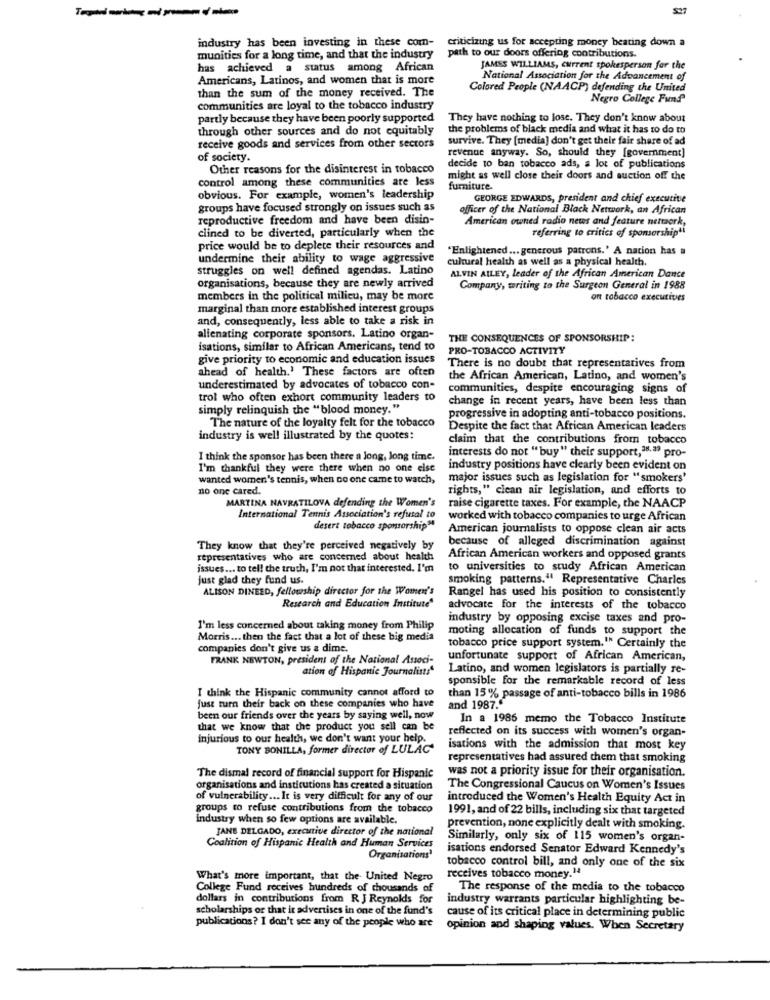
SET
industry has been investing in these com-
criticizing us for accepting money beating down a
munities for a long time, and that the industry
path to our doors offering contributions.
has achieved a status among African
JAMES WILLIAMS, Current spokesperson for the
Americans, Latinos, and women that is more
National Association for the Advancement of
than the sum of the money received. The
Colored People (NAACP) defending the United
Negro College Fund
communities are loyal to the tobacco industry
partly because they have been poorly supported
They have nothing to lose. They don't know about
through other sources and do not equitably
the problems of black media and what it has to do to
survive. They [media] don't get their fair share of ad
receive goods and services from other sectors
revenue anyway. So, should they [government]
of society.
Other reasons for the disinterest in tobacco
decide to ban tobacco ads, a lot of publications
control among these communities are less
might as well close their doors and auction off the
furniture.
obvious. For example, women's leadership
GEORGE EDWARDS, president and chief executive
groups have focused strongly on issues such as
officer of the National Black Network, an African
reproductive freedom and have been disin-
clined to be diverted, particularly when the
American owned radio news and feature nettaork,
referring to critics of sponsorshipai
price would be to deplete their resources and
"Enlightened ... generous patrons.' A nation has a
undermine their ability to wage aggressive
cultural health as well as a physical health.
struggles on well defined agendas. Latino
ALVIN AILEY, leader of the African American Dance
organisations, because they are newly arrived
Company, writing to the Surgeon General in 1988
members in the political milieu, may be more
ont tobacco executives
marginal than more established interest groups
and, consequently, less able to take a risk in
alienating corporate sponsors. Latino organ-
THE CONSEQUENCES OF SPONSORSHIP:
isations, similar to African Americans, tend to
PRO-TOBACCO ACTIVITY
give priority to economic and education issues
ahead of health.' These factors are often
There is no doubt that representatives from
the African American, Latino, and women's
underestimated by advocates of tobacco con-
communities, despite encouraging signs of
trol who often exhort community leaders to
change in recent years, have been less than
simply relinquish the "blood money."
The nature of the loyalty felt for the tobacco
progressive in adopting anti-tobacco positions.
Despite the fact that African American leaders
industry is well illustrated by the quotes:
claim that the contributions from tobacco
interests do not "buy" their support,38.ª? pro-
I think the sponsor has been there a long, long time.
I'm thankful they were there when no one else
industry positions have clearly been evident on
wanted women's tennis, when no one came to watch,
major issues such as legislation for "smokers'
no one cared.
rights," clean air legislation, and efforts to
MARTINA NAVRATILOVA defending the Women's
raise cigarette taxes. For example, the NAACP
International Tennis Association's refusal to
worked with tobacco companies to urge African
desert tobacco sponsorship"
American journalists to oppose clean air acts
They know that they're perceived negatively by
because of alleged discrimination against
representatives who are concerned about health
African American workers and opposed grants
issues ... to tell the truth, I'm not that interested. I'm
to universities to study African American
just glad they fund us.
smoking patterns." Representative Charles
ALISON DINEED, fellowship director for the Women's
Rangel has used his position to consistently
Research and Education Institute"
advocate for the interests of the tobacco
industry by opposing excise taxes and pro-
I'm less concerned about taking money from Philip
moting allocation of funds to support the
Morris ... then the fact that a lot of these big media
companies don't give us a dime.
tobacco price support system." Certainly the
FRANK NEWTON, president of the National Associ-
unfortunate support of African American,
ation of Hispanic Journalists
Latino, and women legislators is partially re-
sponsible for the remarkable record of less
I think the Hispanic community cannot afford to
just turn their back on these companies who have
than 15% passage of anti-tobacco bills in 1986
and 1987."
been our friends over the years by saying well, now
In a 1986 memo the Tobacco Institute
that we know that the product you sell can be
reflected on its success with women's organ-
injurious to our health, we don't want your help.
TONY BONILLA, former director of LULAC
isations with the admission that most key
representatives had assured them that smoking
was not a priority issue for their organisation.
The dismal record of financial support for Hispanic
organisations and institutions has created a situation
The Congressional Caucus on Women's Issues
of vulnerability ... It is very difficult for any of our
introduced the Women's Health Equity Act in
groups to refuse contributions from the tobacco
1991, and of 22 bills, including six that targeted
Industry when so few options are available.
JANE DELGADO, executive director of the national
prevention, none explicitly dealt with smoking.
Similarly, only six of 115 women's organ-
Coalition of Hispanic Health and Human Services
isations endorsed Senator Edward Kennedy's
Organisations'
tobacco control bill, and only one of the six
What's more important, that the United Negro
receives tobacco money."
College Fund receives hundreds of thousands of
The response of the media to the tobacco
dollars in contributions from R J Reynolds for
industry warrants particular highlighting be-
scholarships or that it advertises in one of the fund's
publications? I don't see any of the people who are
cause of its critical place in determining public
opinion and shaping values. When Secretary